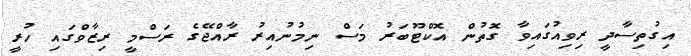
އިގުތިސާދީ ރިވިއުގައިވާ ގޮތުން އޮކްޓޫބަރު މަސް ނިމުނުއިރު ރާއްޖޭގެ ރަސްމީ ރިޒާވްގައި ހުރީ